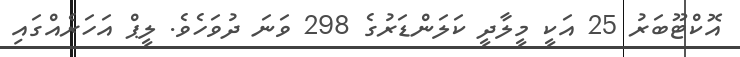
އޮކްޓޫބަރު 25 އަކީ މީލާދީ ކަލަންޑަރުގެ 298 ވަނަ ދުވަހެވެ. ލީޕް އަހަރެއްގައި